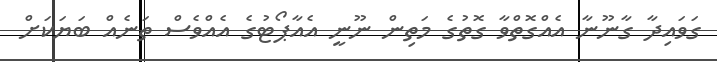
ގަވައިދާ ގާނޫނާ އެއްގޮތްވާ ގޮތުގެ މަތިން ނޫނީ އެއާޕޯޓުގެ އެއްވެސް ތަނެއް ބަޔަކަށް